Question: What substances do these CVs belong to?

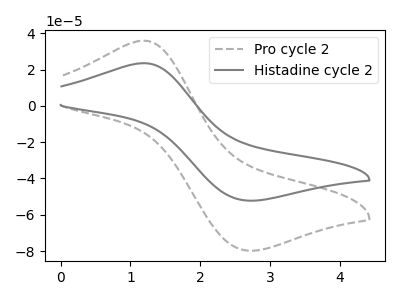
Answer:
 <answer>The gray dashed curve is labeled "Pro cycle 2". The gray curve is labeled "Histadine cycle 2".</answer>
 <eval></eval>